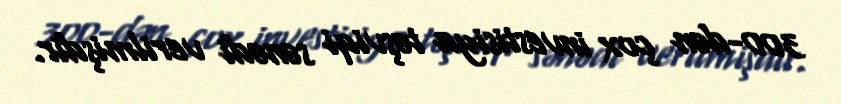
300-dən çox investisiya təşviqi sənədi verilmişdir.